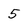
Character: 5